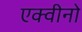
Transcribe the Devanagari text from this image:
एक्वीनो